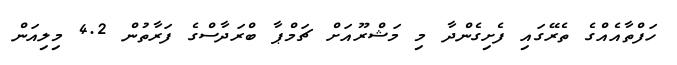
ހަފްތާއެއްގެ ތެރޭގައި ފެށިގެންދާ މި މަޝްރޫއަށް ޗަމްޕާ ބްރަދާސްގެ ފަރާތުން 4.2 މިލިއަން